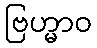
ဗြဟ္မာဝ